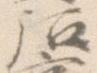
后